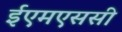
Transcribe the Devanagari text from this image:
ईएमएससी